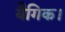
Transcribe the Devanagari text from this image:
यैगिक।